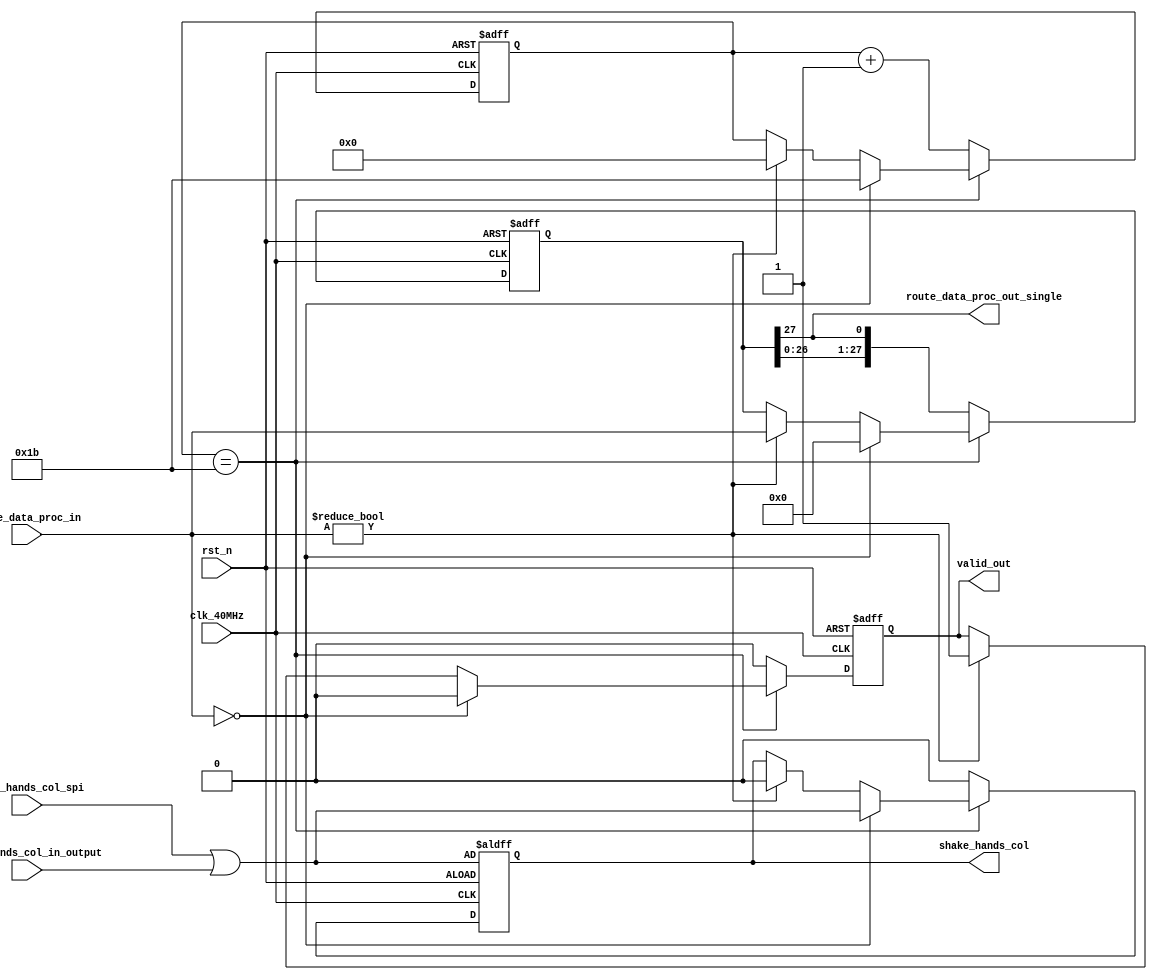
module PIS (
    clk_40MHz,
    rst_n,
    shake_hands_col_in_output,
    shake_hands_col_spi,
    route_data_proc_in,

    shake_hands_col,
    valid_out,
    route_data_proc_out_single
    
    

);
    input rst_n;
    input clk_40MHz;
    input [27:0] route_data_proc_in;
    input shake_hands_col_in_output;
    input shake_hands_col_spi;
    output shake_hands_col;
    reg shake_hands_col;
    
    output valid_out;
	output route_data_proc_out_single;
	reg [4:0] counter;//
	reg valid;
    reg [27:0] route_data_proc_out;
	
always@(posedge clk_40MHz or negedge rst_n)  //or negedge rst
	begin 
		if(!rst_n)               //
			begin
				counter<=5'd27;
				route_data_proc_out<=0;
				valid<=0;
                shake_hands_col<=shake_hands_col_spi|shake_hands_col_in_output;
			end
		else begin
			if(counter==27) begin
				if(route_data_proc_in==0) begin
					route_data_proc_out<=28'd0;
					counter<=5'd27;
					valid<=0;
					
                    shake_hands_col<=shake_hands_col_spi|shake_hands_col_in_output;
				end else if(route_data_proc_in!=0) begin
					route_data_proc_out<=route_data_proc_in;
					counter<=5'd0;
					valid<=1;
					
                    shake_hands_col<=1'b0;
				end
			end else begin
				counter<=counter+1;
				valid<=0;
				route_data_proc_out<={route_data_proc_out[26:0],route_data_proc_out[27]};
				
                shake_hands_col<=1'b0;
			end
		end
 
	end
	assign route_data_proc_out_single=route_data_proc_out[27];
	assign valid_out=valid;
endmodule